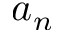
a _ { n }